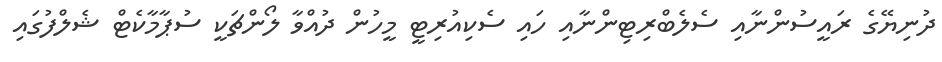
ދުނިޔޭގެ ރައީސުންނާއި ސެލެބްރިޓިންނާއި ހައި ސެކިއުރިޓީ މީހުން ދުއްވާ ލޯންޗަކީ ސުޕާމާކެޓް ޝެލްފުގައި